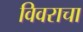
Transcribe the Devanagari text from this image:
विवराचा